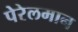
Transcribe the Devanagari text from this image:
पेरेलमान